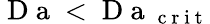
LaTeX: \mathrm{~D~a~}<\mathrm{~D~a~}_{\mathrm{~c~r~i~t~}}